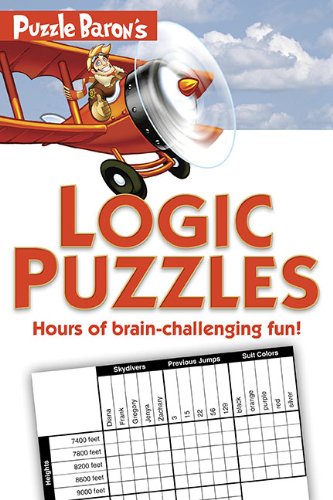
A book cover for Puzzle Baron's Logic Puzzles; Puzzle Baron; Humor & Entertainment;